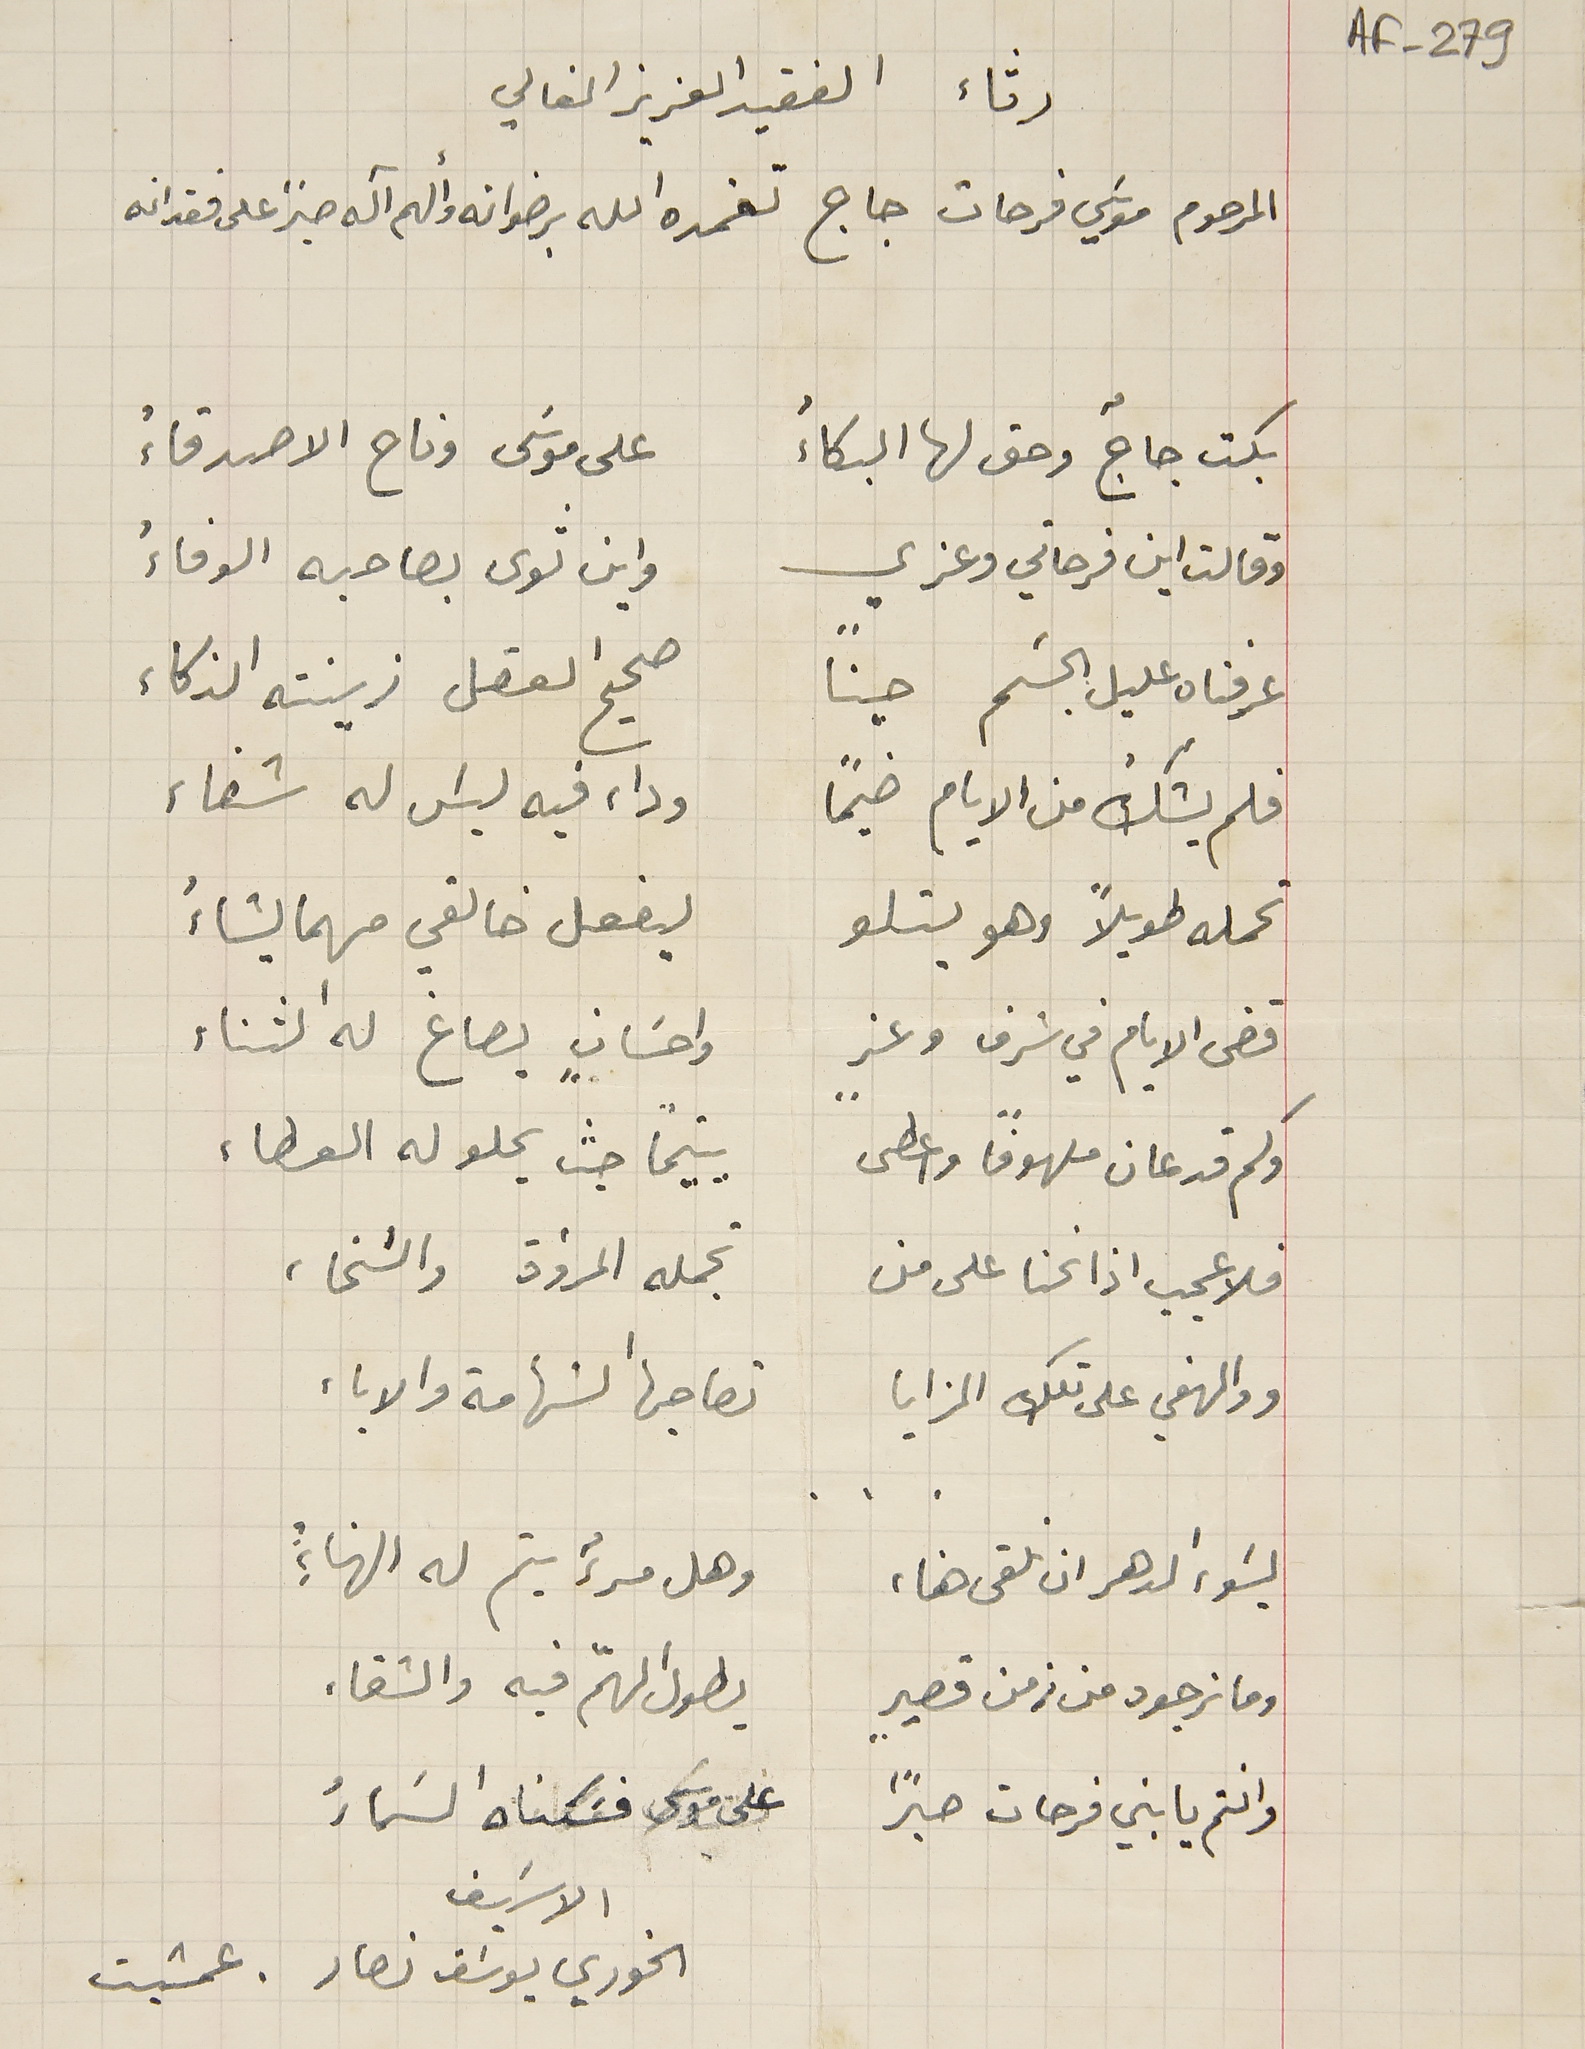
AF-279
رثاء الفقيد العزيز الغالي
المرحوم موسَي فرحات جاج تغمده الله برضوانه والهم آله صبرً على فقدانه
بكت جاجٌ وحق لها البكاءُ على موسَى وناح الاصدقاءُ
وقالت اين فرحاتي وعزي واين ثوى بصاحبه الوفاءُ
عرفناه عليل الجسَم حيناً صحيح العقل زينته الذكاء
فلم يشكُ من الايام ضيماً وداء فيه ليسَ له شفاء
تحمله طويلاً وهو يتلو ليفعل خالقي مهما يشاءُ
قضى الايام في شرف وعزٍ واحسَانٍ يصاغ له الثناء
ولم قد عان ملهوفاً واعطى يتيمًا حيث يحلو له العطاء
فلا عجب اذا نحنا على من تجمله المرؤة والسَخاء
ووالهفي على تلك المزايا تصاحبها الشهامة والاباء
يسَوء الدهر ان نلقى هناء، وهل مرءٌ يتم له الهناءُ
وما نرجوه من زمن قصيرٍ يطول الهمّ فيه والشقاء
وانتم يا بني فرحات صبراً على موسَى فسَكناه السَماءُ
الاسيف
الخوري يوسَف نصار . عمشيت